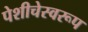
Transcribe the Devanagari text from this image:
पेशीचेस्वरूप